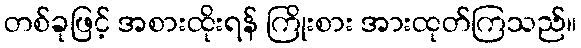
တစ်ခုဖြင့် အစားထိုးရန် ကြိုးစား အားထုတ်ကြသည်။